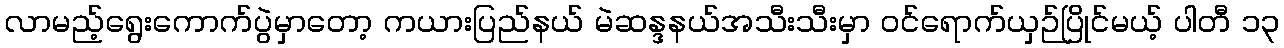
လာမည့်ရွေးကောက်ပွဲမှာတော့ ကယားပြည်နယ် မဲဆန္ဒနယ်အသီးသီးမှာ ဝင်ရောက်ယှဉ်ပြိုင်မယ့် ပါတီ ၁၃